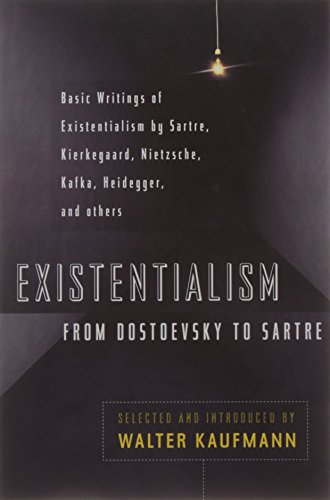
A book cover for Existentialism from Dostoevsky to Sartre, Revised and Expanded Edition; Politics & Social Sciences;